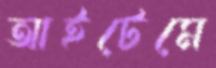
আইটেমে